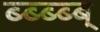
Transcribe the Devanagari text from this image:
ब्ब्ब्ब्ब्